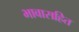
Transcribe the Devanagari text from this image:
भावासहित